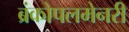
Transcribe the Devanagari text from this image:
ब्रंकोपलमेनरी